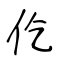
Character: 仡